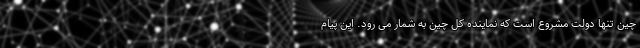
چین تنها دولت مشروع است که نماینده کل چین به شمار می رود. این پیام